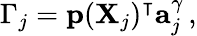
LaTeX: \Gamma_{j}=\mathbf{p}(\mathbf{X}_{j})^{\intercal}\mathbf{a}_{j}^{\gamma}\, ,